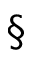
\S